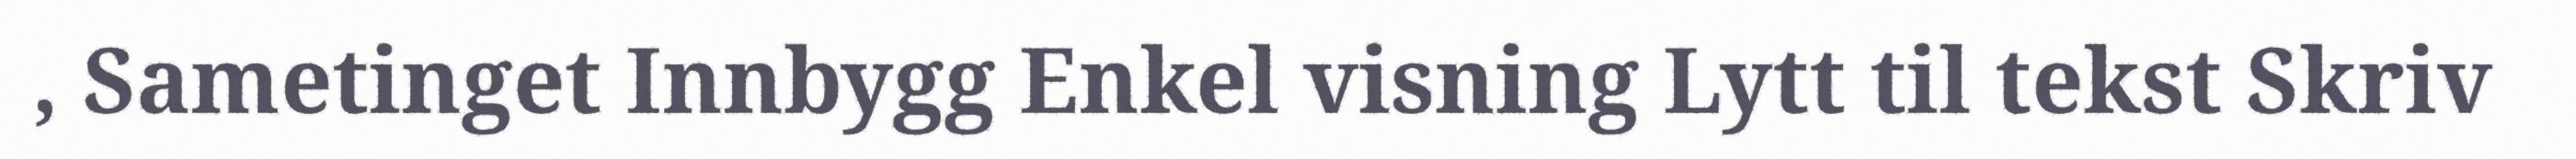
, Sametinget Innbygg Enkel visning Lytt til tekst Skriv